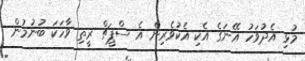
މުޅި އެދުވަހު އޭނަގެ އެކި އެކުވެރިން އެ ސްޕީޗް ރީތި ވާހަކަ ބުނުމުން